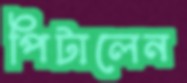
পিটালেন